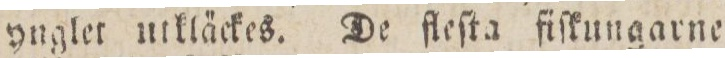
ynglet utkläckes. De fleſta fiſkungarne